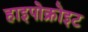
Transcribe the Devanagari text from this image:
हाइपोक्रोइट